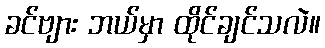
ခင်ဗျား ဘယ်မှာ ထိုင်ချင်သလဲ။